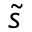
\tilde { s }